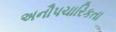
અનૌપચારિકતા